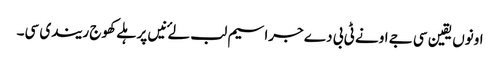
اونوں یقین سی جے اونے ٹی بی دے جراسیم لب لۓ نیں پر ہلے کھوج ریندی سی۔